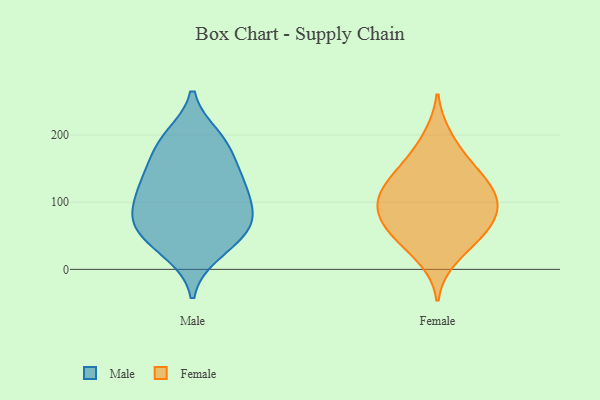
{"axis": {"x": "Demand Index", "y": "Value"}, "legend": ["Female", "Male"], "data": [{"x": "", "y": 39, "type": "Male"}, {"x": "", "y": 93, "type": "Male"}, {"x": "", "y": 112, "type": "Male"}, {"x": "", "y": 134, "type": "Male"}, {"x": "", "y": 76, "type": "Male"}, {"x": "", "y": 197, "type": "Male"}, {"x": "", "y": 25, "type": "Male"}, {"x": "", "y": 189, "type": "Male"}, {"x": "", "y": 56, "type": "Male"}, {"x": "", "y": 180, "type": "Male"}, {"x": "", "y": 67, "type": "Male"}, {"x": "", "y": 76, "type": "Male"}, {"x": "", "y": 140, "type": "Male"}, {"x": "", "y": 131, "type": "Male"}, {"x": "", "y": 58, "type": "Female"}, {"x": "", "y": 41, "type": "Female"}, {"x": "", "y": 105, "type": "Female"}, {"x": "", "y": 15, "type": "Female"}, {"x": "", "y": 164, "type": "Female"}, {"x": "", "y": 148, "type": "Female"}, {"x": "", "y": 106, "type": "Female"}, {"x": "", "y": 199, "type": "Female"}, {"x": "", "y": 97, "type": "Female"}, {"x": "", "y": 101, "type": "Female"}, {"x": "", "y": 54, "type": "Female"}, {"x": "", "y": 127, "type": "Female"}, {"x": "", "y": 139, "type": "Female"}, {"x": "", "y": 80, "type": "Female"}, {"x": "", "y": 68, "type": "Female"}]}